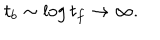
LaTeX: t _ { b } \sim \log t _ { f } \rightarrow \infty .